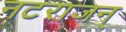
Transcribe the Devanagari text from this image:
नटराजन्‌